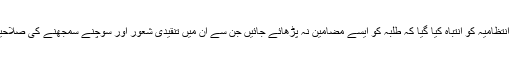
فکلٹی اور انتظامیہ کو انتباہ کیا گیا کہ طلبہ کو ایسے مضامین نہ پڑھائے جائیں جن سے ان میں تنقیدی شعور اور سوچنے سمجھنے کی صلاحیت پیدا ہو۔